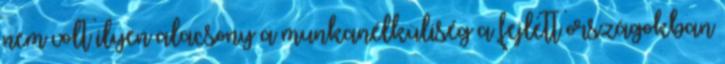
nem volt ilyen alacsony a munkanélküliség a fejlett országokban